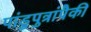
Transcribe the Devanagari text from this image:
पांडुपुत्रांपैकी